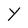
Character: Y